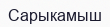
Сарыкамыш